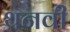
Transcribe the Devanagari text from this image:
थनवी